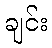
ချင်း